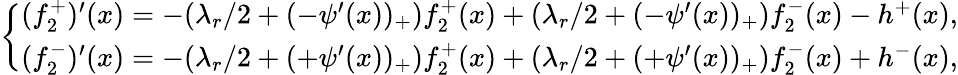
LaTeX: \left\{ \begin{array}{ll}{(f_{2}^{+})^{\prime}(x)=-(\lambda_{r}/2+(-\psi^{\prime}(x))_{+})f_{2}^{+}(x)+(\lambda_{r}/2+(-\psi^{\prime}(x))_{+})f_{2}^{-}(x)-h^{+}(x),}\\ {(f_{2}^{-})^{\prime}(x)=-(\lambda_{r}/2+(+\psi^{\prime}(x))_{+})f_{2}^{+}(x)+(\lambda_{r}/2+(+\psi^{\prime}(x))_{+})f_{2}^{-}(x)+h^{-}(x),}\end{array}\right.